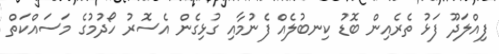
ފިއްލަދޫ ފަޅު ތެރެއިން ބޮޑު ކިނބުލެއް ފެނުމާއި ގުޅިގެން އެސޮރު ހޯދުމުގެ މަސައްކަތް